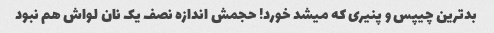
بدترین چیپس و پنیری که میشد خورد! حجمش اندازه نصف یک نان لواش هم نبود